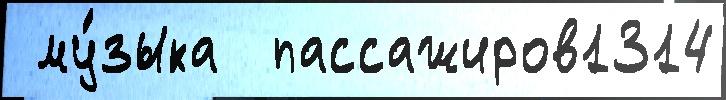
 му́зыка  пассажиров1314